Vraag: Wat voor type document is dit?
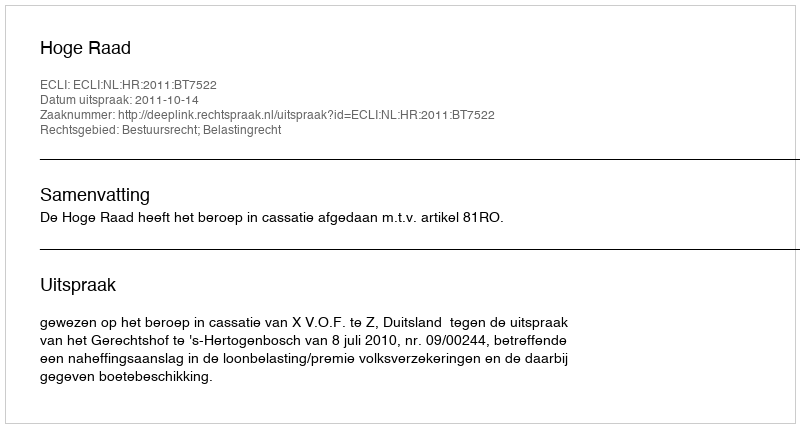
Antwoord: Uitspraak